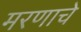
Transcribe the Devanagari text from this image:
मरणाचे